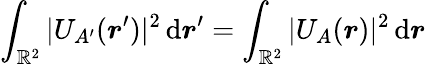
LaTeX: \int_{{\mathbb R}^{2}}|U_{A^{\prime}}(\boldsymbol r^{\prime})|^{2}\, \mathrm{d}\boldsymbol r^{\prime}=\int_{{\mathbb R}^{2}}|U_{A}(\boldsymbol r)|^{2}\, \mathrm{d}\boldsymbol r